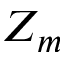
Z _ { m }